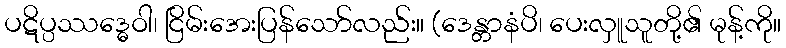
ပဋိပ္ပဿဒ္ဓေဝါ၊ ငြိမ်းအေးပြန်သော်လည်း။ (ဒေန္တာနံပိ၊ ပေးလှူသူတို့၏ မုန့်ကို။